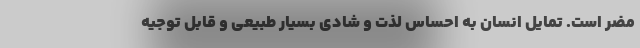
مضر است. تمایل انسان به احساس لذت و شادی بسیار طبیعی و قابل توجیه